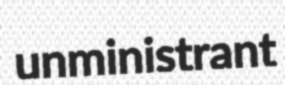
unministrant